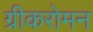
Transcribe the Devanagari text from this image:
ग्रीकरोमन